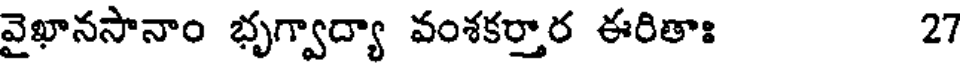
వైఖానసానాం భృగ్వాద్యా వంశకర్తార ఈరితాః 27